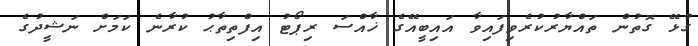
ގުޅޭ ގޮތުން ތައްޔާރުކުރެވިފައިވާ އައިބީއޭގެ ޚާއްސަ ރިޕޯޓު އިފްތިތާޙު ކުރާނެ ކަމަށް ނަޝީދުގެ